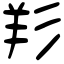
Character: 羏